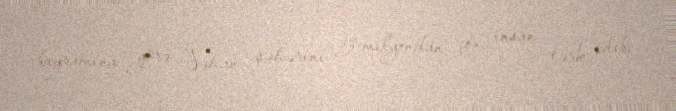
bayramına görə Vuhan şəhərini 5 milyondan çox insan tərk edib.